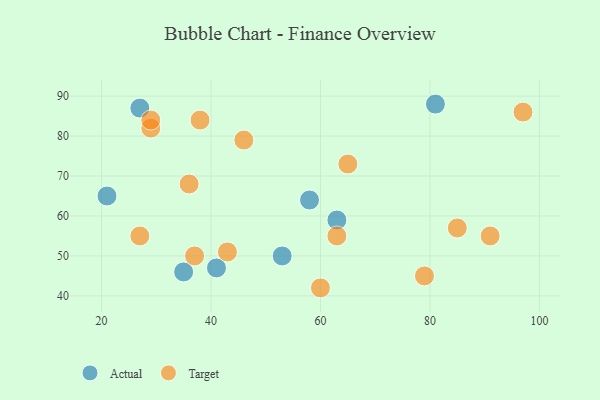
{"axis": {"x": "GDP", "y": "Life Expectancy"}, "legend": ["Actual", "Target"], "data": [{"x": "81", "y": 88, "type": "Actual"}, {"x": "21", "y": 65, "type": "Actual"}, {"x": "53", "y": 50, "type": "Actual"}, {"x": "41", "y": 47, "type": "Actual"}, {"x": "63", "y": 59, "type": "Actual"}, {"x": "35", "y": 46, "type": "Actual"}, {"x": "58", "y": 64, "type": "Actual"}, {"x": "27", "y": 87, "type": "Actual"}, {"x": "85", "y": 57, "type": "Target"}, {"x": "97", "y": 86, "type": "Target"}, {"x": "38", "y": 84, "type": "Target"}, {"x": "46", "y": 79, "type": "Target"}, {"x": "79", "y": 45, "type": "Target"}, {"x": "29", "y": 82, "type": "Target"}, {"x": "37", "y": 50, "type": "Target"}, {"x": "27", "y": 55, "type": "Target"}, {"x": "63", "y": 55, "type": "Target"}, {"x": "29", "y": 84, "type": "Target"}, {"x": "65", "y": 73, "type": "Target"}, {"x": "43", "y": 51, "type": "Target"}, {"x": "60", "y": 42, "type": "Target"}, {"x": "36", "y": 68, "type": "Target"}, {"x": "91", "y": 55, "type": "Target"}]}